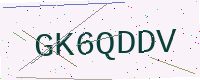
Text: GK6QDDV